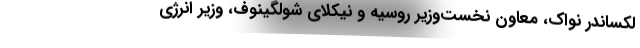
لکساندر نواک، معاون نخست‌وزیر روسیه و نیکلای شولگینوف، وزیر انرژی